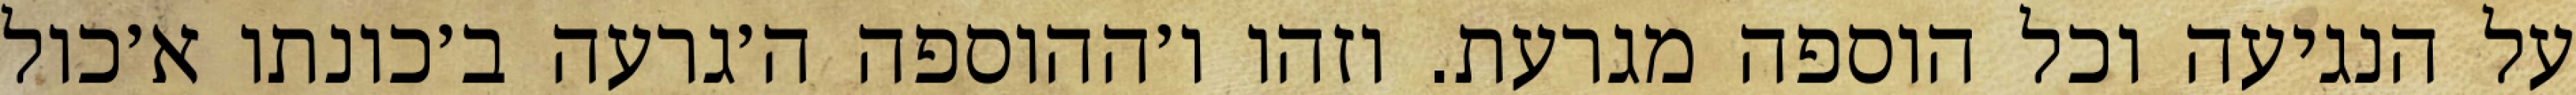
על הנגיעה וכל הוספה מגרעת. וזהו ו׳ההוספה ה׳גרעה ב׳כונתו א׳כול